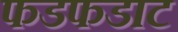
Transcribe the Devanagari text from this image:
फडफडाट